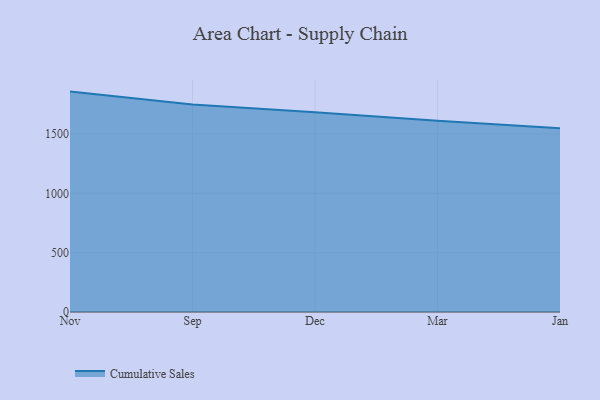
{"axis": {"x": "Month", "y": "Demand Index"}, "legend": ["Cumulative Sales"], "data": [{"x": "Nov", "y": 1857.9, "type": "Cumulative Sales"}, {"x": "Sep", "y": 1748.4, "type": "Cumulative Sales"}, {"x": "Dec", "y": 1684.7, "type": "Cumulative Sales"}, {"x": "Mar", "y": 1611.4, "type": "Cumulative Sales"}, {"x": "Jan", "y": 1547.9, "type": "Cumulative Sales"}]}